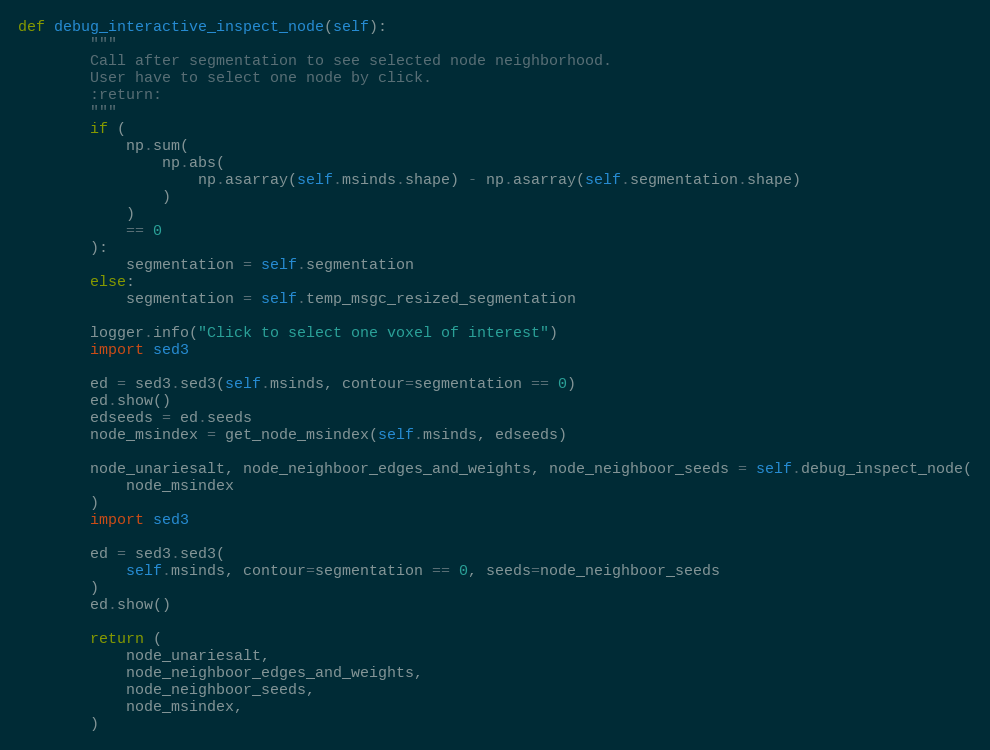
Language: Python
def debug_interactive_inspect_node(self):
        """
        Call after segmentation to see selected node neighborhood.
        User have to select one node by click.
        :return:
        """
        if (
            np.sum(
                np.abs(
                    np.asarray(self.msinds.shape) - np.asarray(self.segmentation.shape)
                )
            )
            == 0
        ):
            segmentation = self.segmentation
        else:
            segmentation = self.temp_msgc_resized_segmentation

        logger.info("Click to select one voxel of interest")
        import sed3

        ed = sed3.sed3(self.msinds, contour=segmentation == 0)
        ed.show()
        edseeds = ed.seeds
        node_msindex = get_node_msindex(self.msinds, edseeds)

        node_unariesalt, node_neighboor_edges_and_weights, node_neighboor_seeds = self.debug_inspect_node(
            node_msindex
        )
        import sed3

        ed = sed3.sed3(
            self.msinds, contour=segmentation == 0, seeds=node_neighboor_seeds
        )
        ed.show()

        return (
            node_unariesalt,
            node_neighboor_edges_and_weights,
            node_neighboor_seeds,
            node_msindex,
        )